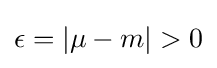
\epsilon =|\mu -m|>0